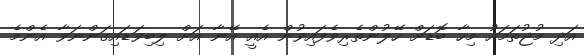
އަދި މުޖުތަމައު މިހާ ބޮޑަށް ހޭލުންތެރިވެފައިވުން އެއީ އޭނާ އަށް ލިބިވަޑައިގަންނަވާ އެންމެ